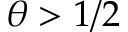
\theta > 1 / 2